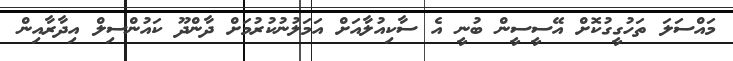
މައްސަލަ ތަހުގީގުކޮށް އޭސީސީން ބުނީ އެ ސާކިއުލާއަށް އަމަލުނުކުރުމަށް ދާންދޫ ކައުންސިލް އިދާރާއިން